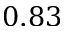
0 . 8 3